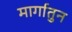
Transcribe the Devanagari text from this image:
मार्गातुन